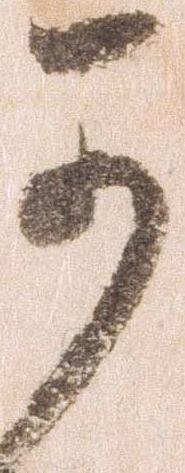
可